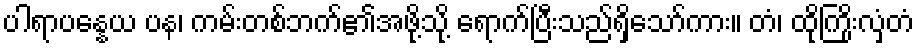
ပါရာပန္နေယ ပန၊ ကမ်းတစ်ဘက်၏အဖို့သို့ ရောက်ပြီးသည်ရှိသော်ကား။ တံ၊ ထိုကြိုးလှံတံ